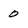
Character: 0